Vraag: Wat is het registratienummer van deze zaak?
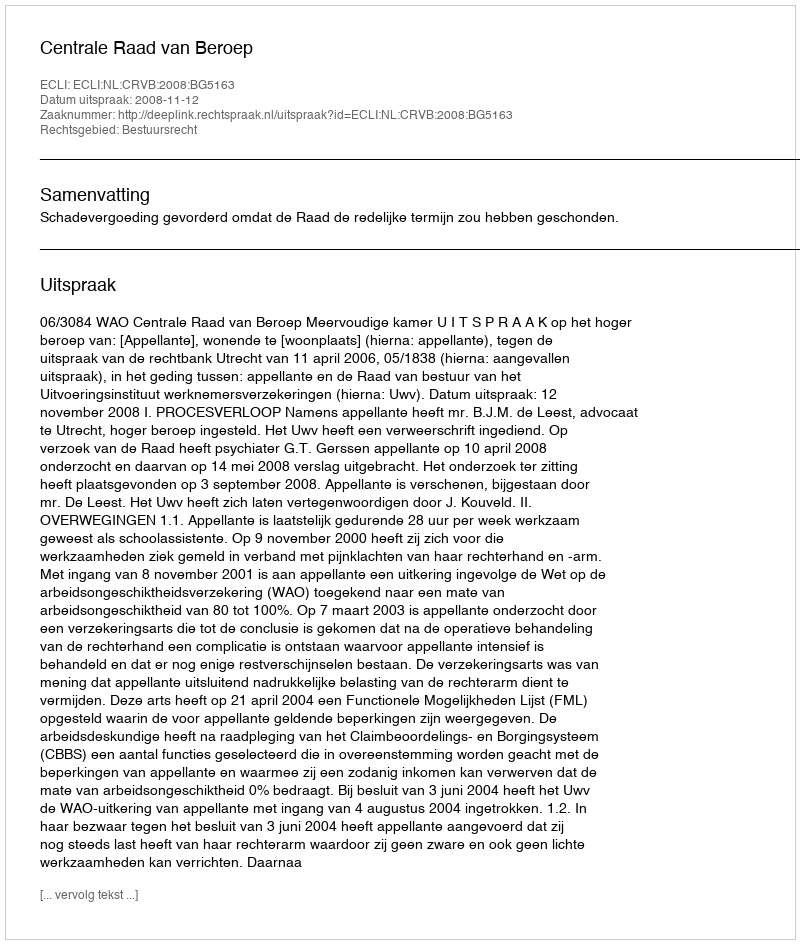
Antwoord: http://deeplink.rechtspraak.nl/uitspraak?id=ECLI:NL:CRVB:2008:BG5163